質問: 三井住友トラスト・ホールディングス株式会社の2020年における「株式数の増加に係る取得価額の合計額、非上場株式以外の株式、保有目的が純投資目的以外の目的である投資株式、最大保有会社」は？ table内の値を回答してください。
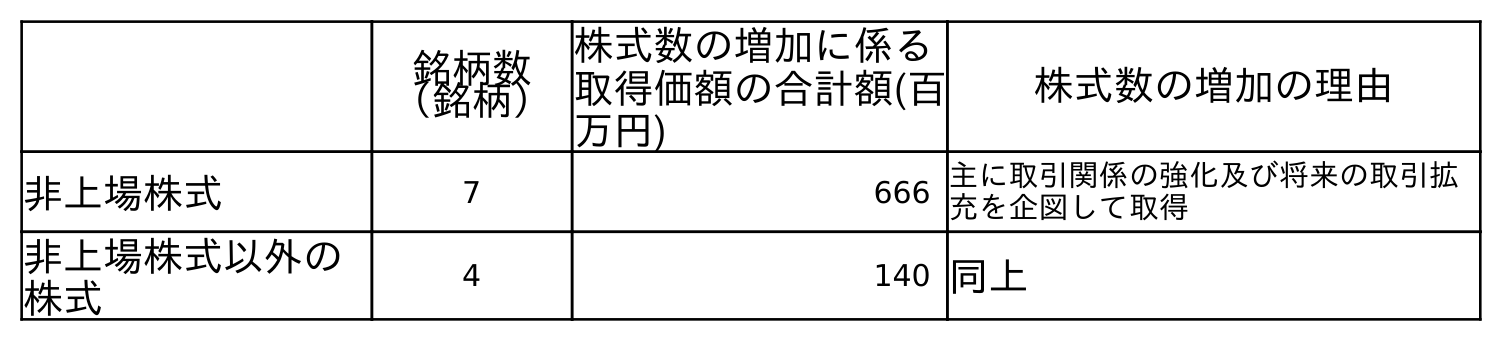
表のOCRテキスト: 銘柄数 （銘柄） 株式数の増加に係る 取得価額の合計額(百 万円) 株式数の増加の理由 非上場株式 7 666 主に取引関係の強化及び将来の取引拡 充を企図して取得 非上場株式以外の 株式 4 140 同上
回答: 140